Second report of the anti-malarial operations at Mian Mir, 1901-1903 - Number 9
Year: 1901
Disease focus: Malaria
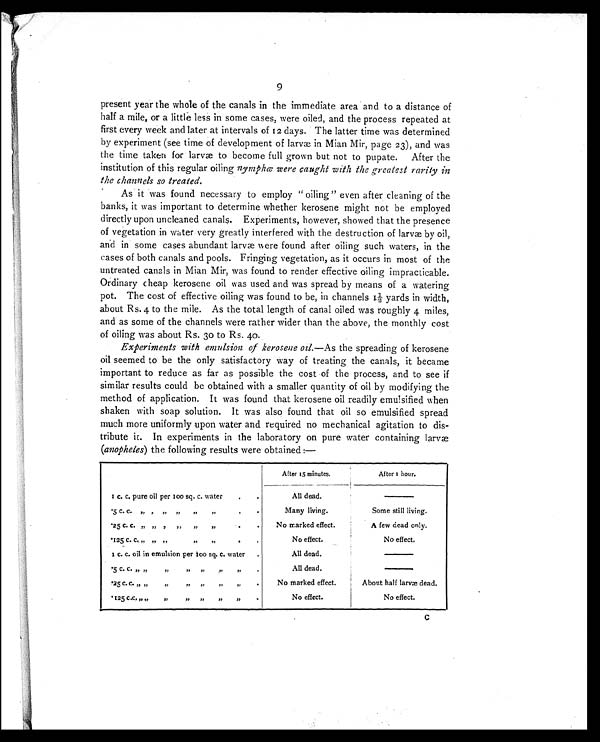
9
present year the whole of the canals in the immediate area and to a distance of
half a mile, or a little less in some cases, were oiled, and the process repeated at
first every week and later at intervals of 12 days. The latter time was determined
by experiment (see time of development of larvæ in Mian Mir, page 23), and was
the time taken for larvæ to become full grown but not to pupate. After the
institution of this regular oiling nymphœ were caught with the greatest rarity in
the channels so treated.
As it was found necessary to employ "oiling" even after cleaning of the
banks, it was important to determine whether kerosene might not be employed
directly upon uncleaned canals. Experiments, however, showed that the presence
of vegetation in water very greatly interfered with the destruction of larvæ by oil,
and in some cases abundant larvæ were found after oiling such waters, in the
cases of both canals and pools. Fringing vegetation, as it occurs in most of the
untreated canals in Mian Mir, was found to render effective oiling impracticable.
Ordinary cheap kerosene oil was used and was spread by means of a watering
pot. The cost of effective oiling was found to be, in channels 1½ yards in width,
about Rs. 4 to the mile. As the total length of canal oiled was roughly 4 miles,
and as some of the channels were rather wider than the above, the monthly cost
of oiling was about Rs. 30 to Rs. 40.
Experiments with emulsion of kerosene oil. —As the spreading of kerosene
oil seemed to be the only satisfactory way of treating the canals, it became
important to reduce as far as possible the cost of the process, and to see if
similar results could be obtained with a smaller quantity of oil by modifying the
method of application. It was found that kerosene oil readily emulsified when
shaken with soap solution. It was also found that oil so emulsified spread
much more uniformly upon water and required no mechanical agitation to dis-
- t r i b u t e i t . I n e x p e r i m e n t s i n t h e l a b o r a t o r y o n p u r e w a t e r c o n t a i n i n g l a r v æ
(anopheles) the following results were obtained:—
After 15 minutes.
Af t e r 1 h o u r .
1 c. c. pure oil per 100 sq. c. water
All dead.
.5 c. c. ,, ,, ,, ,, ,, ,,
Many living.
S o m e s t i l l l i v i n g .
.25 c. c. ,, ,, ,, ,, ,, ,,
No marked effect.
A few dead only.
.125 c. c. „ ,, „ ,, ,, ,,
No effect.
No effect.
1 c. c. oil in emulsion per 100 sq. c. water
All dead.
.5 c. c. „ „ ,, ,, ,, ,, ,,
All dead.
.25 c. c. „ „ ,, ,, ,,
No marked effect.
About half larvæ dead.
.125 c.c. „ „ ,, ,, ,,
No effect.
No effect.